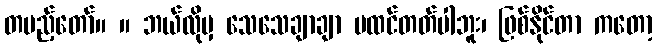
တပည့်တော်။ ။ ဘယ်လိုမှ သေသေချာချာ မထင်တတ်ပါဘူး၊ ဖြစ်နိုင်တာ ကတော့